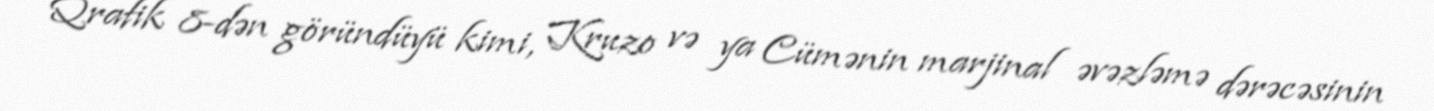
Qrafik 8-dən göründüyü kimi, Kruzo və ya Cümənin marjinal əvəzləmə dərəcəsinin